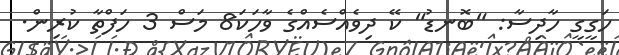
ހަގީގީ ހާދިސާ: "ބޮނޑު" ކޭ ދިވެއްސެއްގެ ވާހަކަ8 މަސް 3 ހަފްތާ ކުރިން.